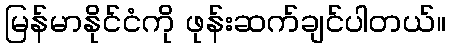
မြန်မာနိုင်ငံကို ဖုန်းဆက်ချင်ပါတယ်။